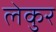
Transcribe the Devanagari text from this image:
लेकुर